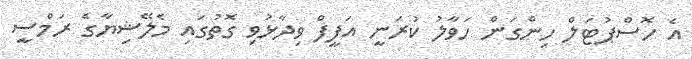
އެ ހޮސްޕުޓަލް ހިންގަން ހަވާލު ކުރަނީ އަފީފް ވިދާޅުވި ގޮތުގައި މެލޭޝިޔާގެ ރަމްސީ